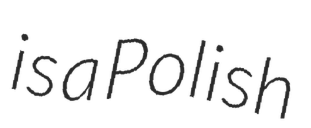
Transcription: is a Polish